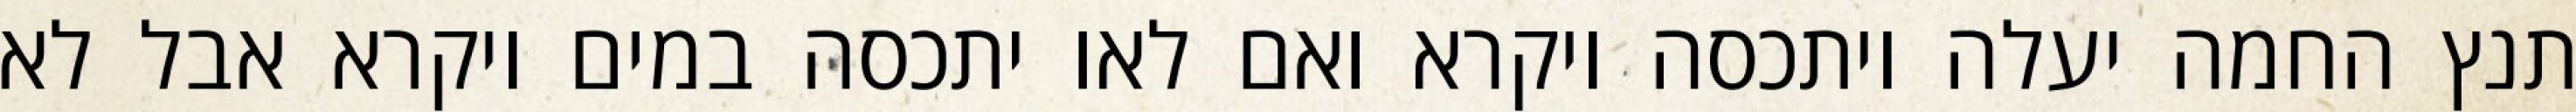
תנץ החמה יעלה ויתכסה ויקרא ואם לאו יתכסה במים ויקרא אבל לא